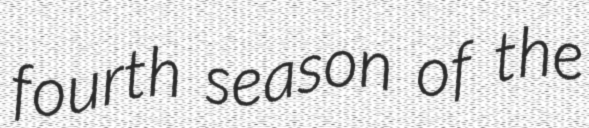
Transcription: fourth season of the